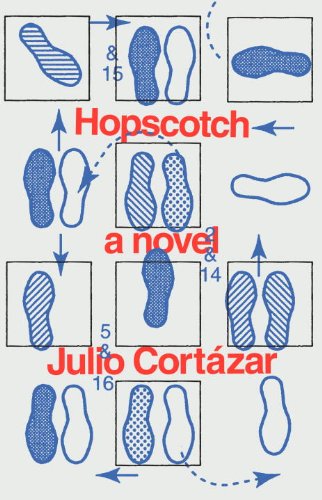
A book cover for Hopscotch: A Novel (Pantheon Modern Writers Series); Julio Cortazar; Literature & Fiction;